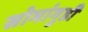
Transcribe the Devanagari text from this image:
सोमांगुडी